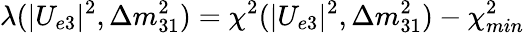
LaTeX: \lambda(|U_{e3}|^{2},\Delta m_{31}^{2})=\chi^{2}(|U_{e3}|^{2},\Delta m_{31}^{2})-\chi_{min}^{2}